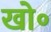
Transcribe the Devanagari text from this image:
खो॰